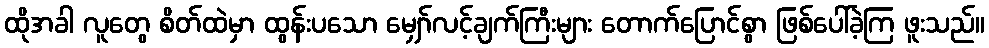
ထိုအခါ လူတွေ စိတ်ထဲမှာ ထွန်းပသော မျှော်လင့်ချက်ကြီးများ တောက်ပြောင်စွာ ဖြစ်ပေါ်ခဲ့ကြ ဖူးသည်။